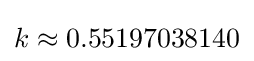
k\approx 0.55197038140